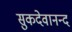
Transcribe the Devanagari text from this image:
सुकदेवानन्द